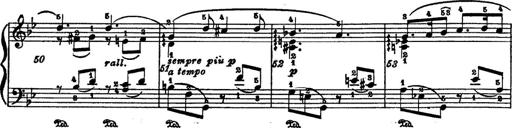
Title: 6 Polish Songs
Composer: Franz Liszt